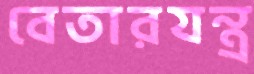
বেতারযন্ত্র